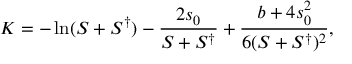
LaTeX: K = - \ln ( S + S ^ { \dagger } ) - \frac { 2 s _ { 0 } } { S + S ^ { \dagger } } + \frac { b + 4 s _ { 0 } ^ { 2 } } { 6 ( S + S ^ { \dagger } ) ^ { 2 } } ,